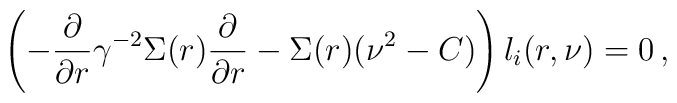
\left( -\frac{\partial}{\partial r}\gamma^{-2} \Sigma(r) \frac{\partial}{\partial r} - \Sigma(r) (\nu^2 - C) \right) l_i(r, \nu) = 0 \,,